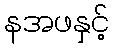
နအဖနှင့်